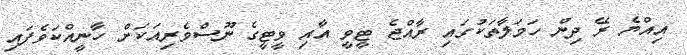
އިއްޔެ ރޭ ދިން ހަމަލާތަކުގައި ރާއްޖެ ޓީވީ އާއި ވީޓީގެ ނޫސްވެރިއަކަށް ހާނީއްކަވެފައި